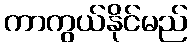
ကာကွယ်နိုင်မည်